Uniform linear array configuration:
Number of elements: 32
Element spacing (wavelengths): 1
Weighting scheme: blackman
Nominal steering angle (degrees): -45
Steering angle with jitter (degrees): -43.173
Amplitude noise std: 0.05
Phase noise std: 0.05

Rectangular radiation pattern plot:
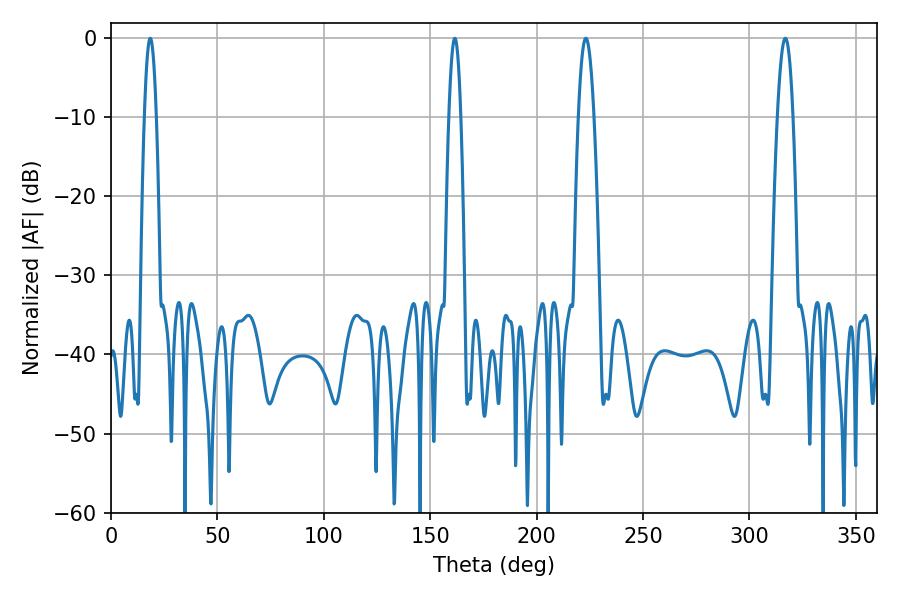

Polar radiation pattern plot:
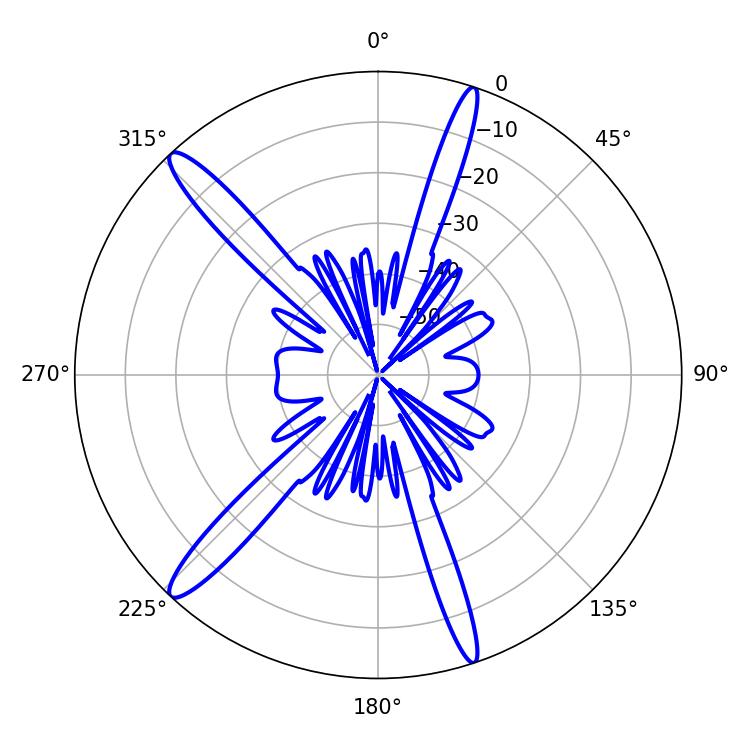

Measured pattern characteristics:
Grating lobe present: TRUE
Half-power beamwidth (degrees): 3.96
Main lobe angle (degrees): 316.8